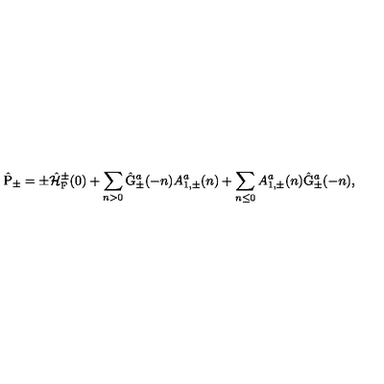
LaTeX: \hat { \mathrm { P } } _ { \pm } = \pm \hat { \cal H } _ { \mathrm { F } } ^ { \pm } ( 0 ) + \sum _ { n > 0 } \hat { \mathrm { G } } _ { \pm } ^ { a } ( - n ) { A } _ { 1 , \pm } ^ { a } ( n ) + \sum _ { n \leq 0 } { A } _ { 1 , \pm } ^ { a } ( n ) \hat { \mathrm { G } } _ { \pm } ^ { a } ( - n ) ,